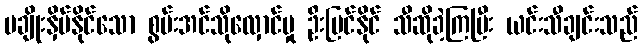
မချိုးနှိမ်နိုင်သော စွမ်းအင်သိုလှောင်မှု ဦးမြင်နိုင် သီဆိုခဲ့ကြပြီး ယင်းသီချင်းသည်